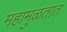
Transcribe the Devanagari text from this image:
महामुळतात